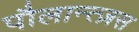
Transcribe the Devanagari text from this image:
पौलान्त्ज़स